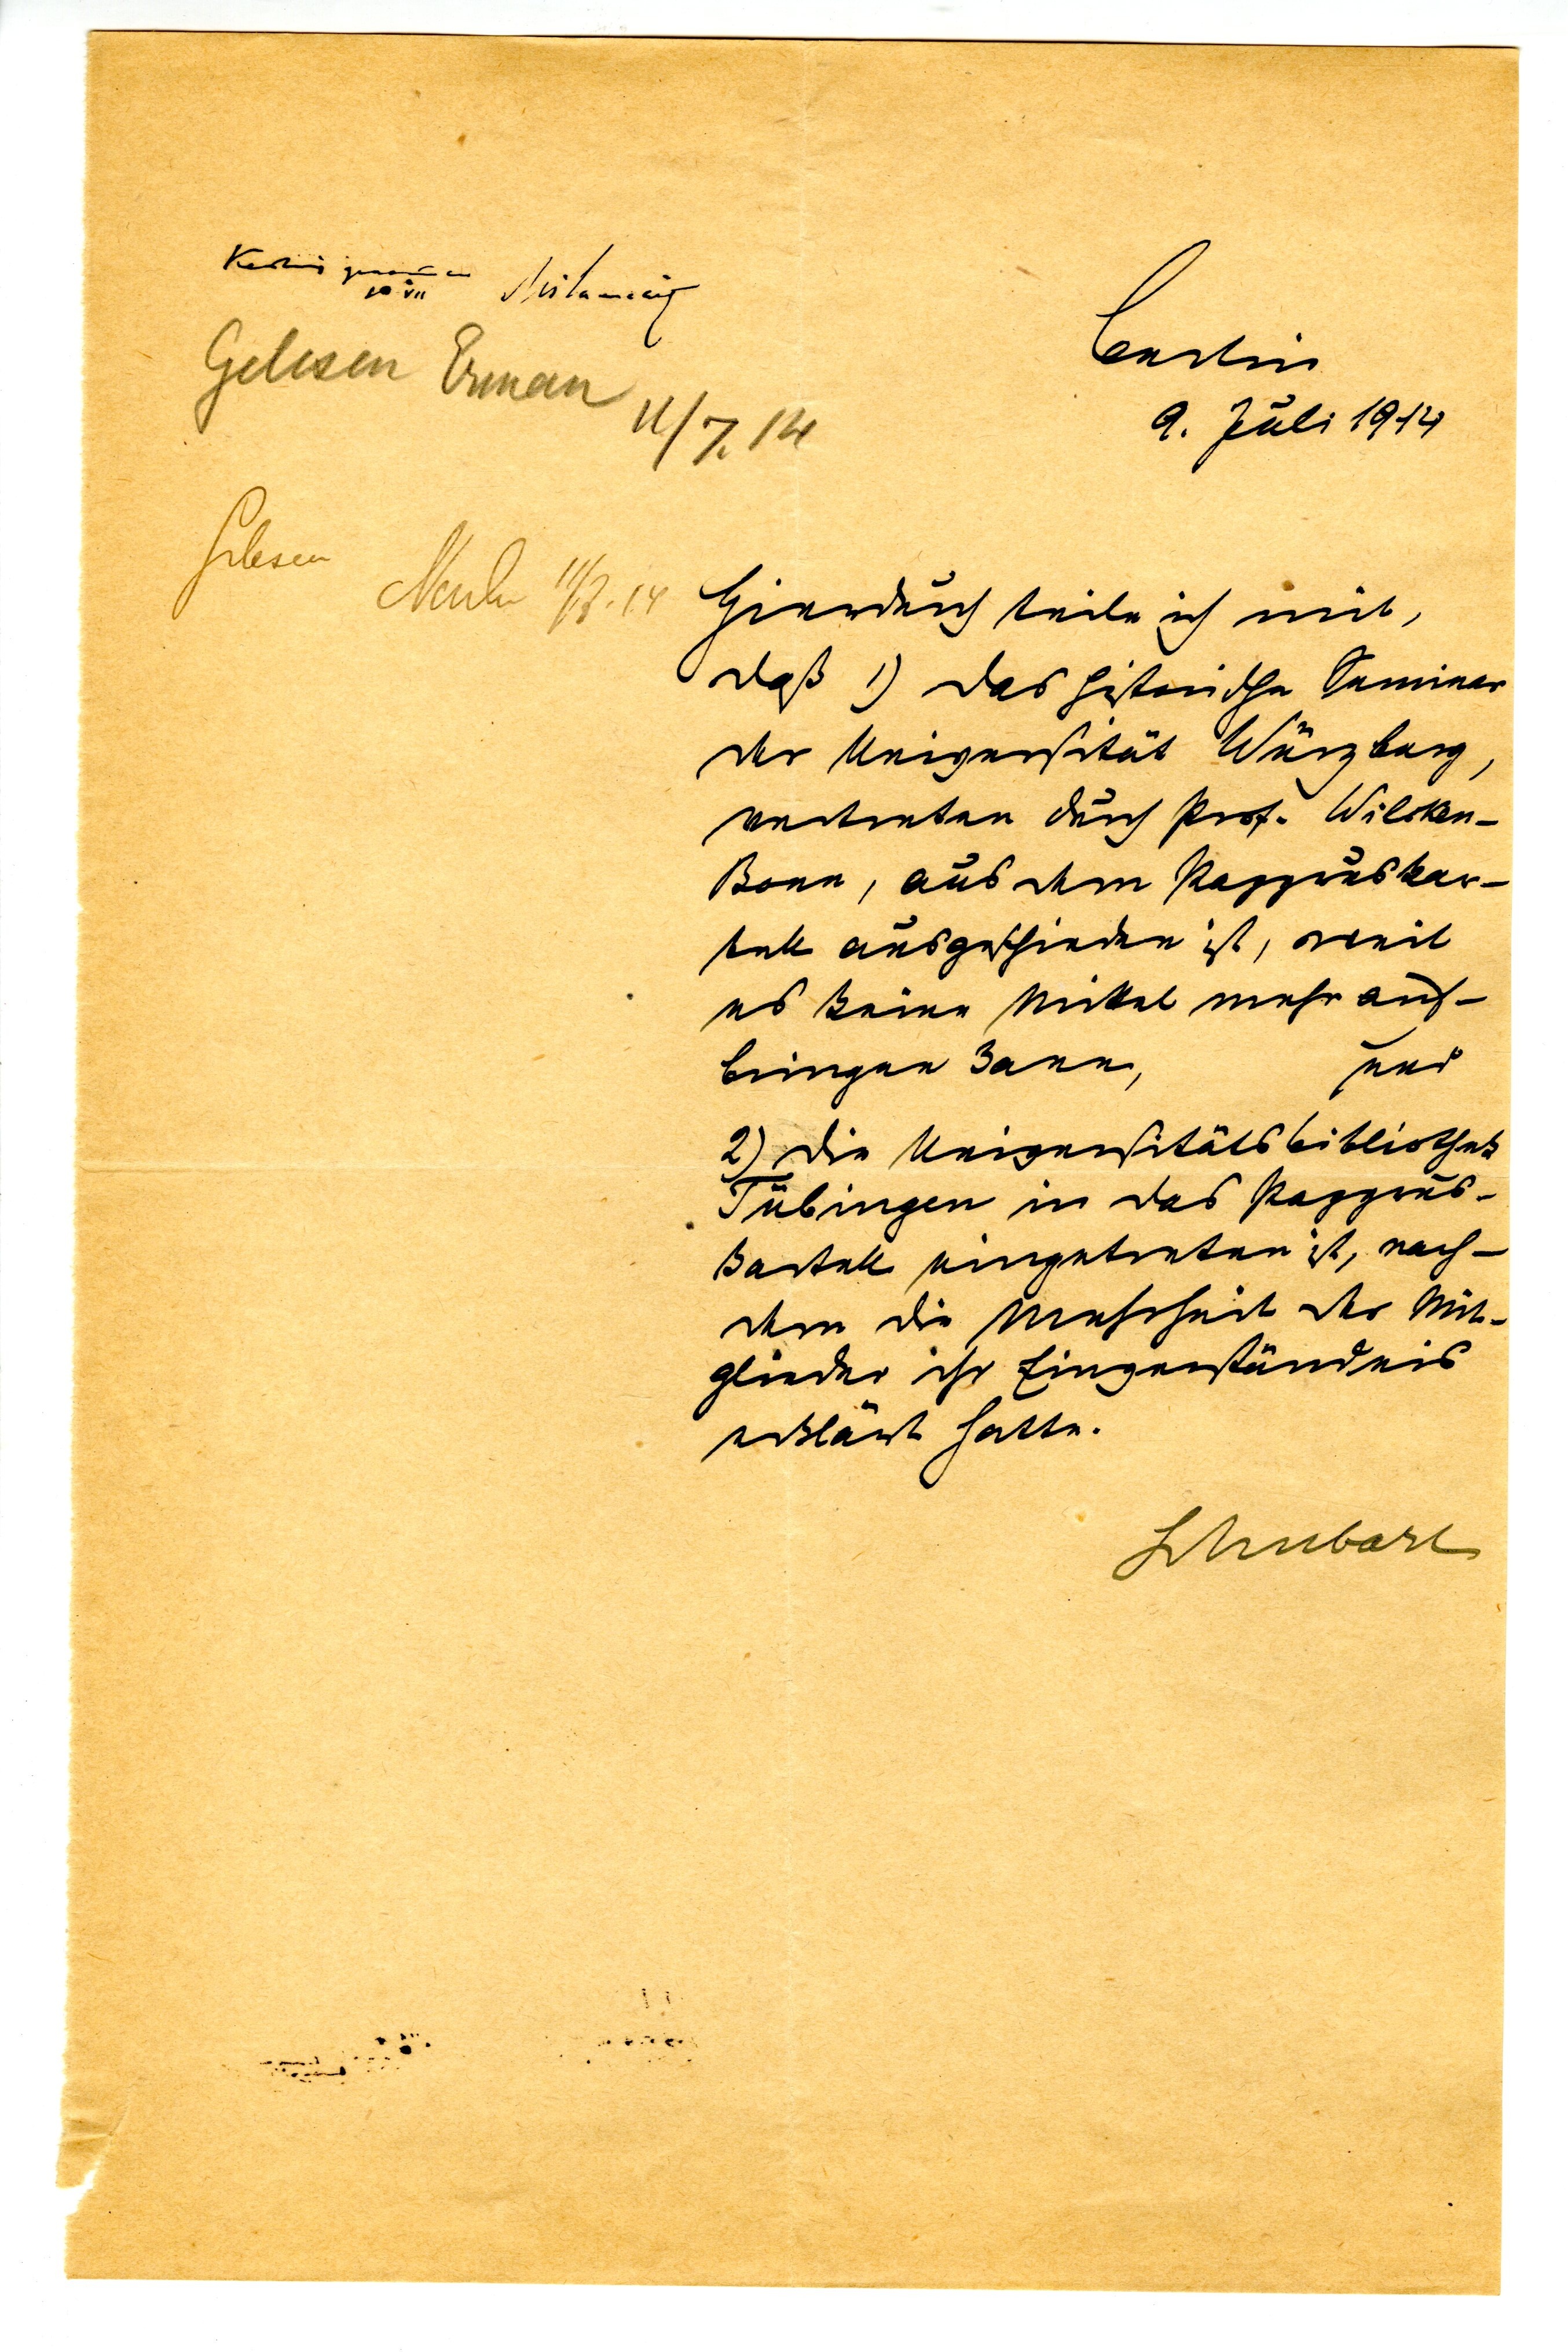
Berlin

9. Juli 1914

Hiermit teile ich mit,
daß 1) das historische Seminar
der Universität Würzburg,
vertreten durch Prof. Wilcken¬
Bonn, aus dem Papyruskar¬
tell, ausgeschieden ist, weil
es keine Mittel mehr auf¬
bringen kann, und
2) die Universitätsbibliothek
Tübingen in das Papyrus¬
kartell eingetreten ist, nach¬
dem die Mehrheit der Mit¬
glieder ihr Einverständnis
erklärt hatte.
Schubart